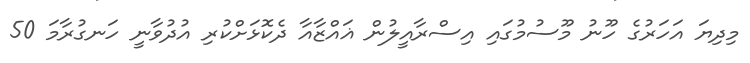
މިދިޔަ އަހަރުގެ ހޫނު މޫސުމުގައި އިސްރާއީލުން ޣައްޒާއާ ދެކޮޅަށްކުރި އުދުވާނީ ހަނގުރާމަ 50